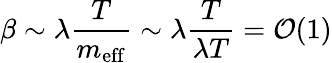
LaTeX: \beta\sim\lambda\frac{T}{m_{\mathrm{eff}}}\sim\lambda\frac{T}{\lambda T}={\cal O}(1)